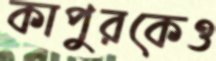
কাপুরকেও